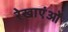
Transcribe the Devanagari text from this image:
रेखाएंओं